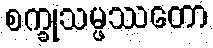
စက္ခုသမ္ဖဿတော